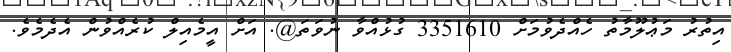
އިތުރު މަޢުލޫމާތު ހެއްދެވުމަށް 3351610 ގުޅުއްވާ ނުވަތަ@. އަށް އީމެއިލް ކުރެއްވުން އެދެމެވެ.